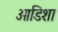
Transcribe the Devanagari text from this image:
ओडिशा